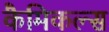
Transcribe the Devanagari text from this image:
कैमिकल्‍स